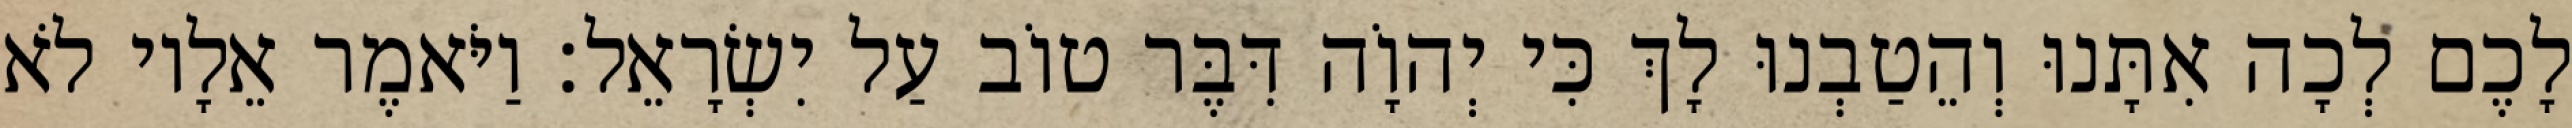
לָכֶם לְכָה אִתָּנוּ וְהֵטַבְנוּ לָךְ כִּי יְהוָֹה דִּבֶּר טוֹב עַל יִשְׂרָאֵל׃ וַיֹּאמֶר אֵלָיו לֹא